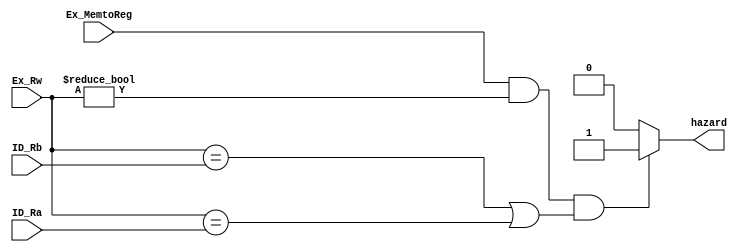
module HazardDetectionUnit(Ex_MemtoReg, Ex_Rw, ID_Ra, ID_Rb, hazard);

	input Ex_MemtoReg;
	input[4:0] Ex_Rw, ID_Ra, ID_Rb;

	output reg hazard;	

	initial hazard = 0;

	always@(*) begin
		if (Ex_MemtoReg != 0 && Ex_Rw != 0 && (Ex_Rw == ID_Rb || Ex_Rw == ID_Ra))
			  hazard <= 1;
		else  hazard <= 0;
	end

endmodule